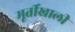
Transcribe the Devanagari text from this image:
मूर्तीखाली